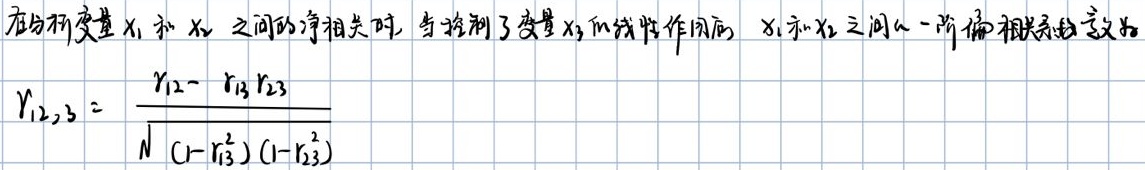
在分析变量$x_1$和$x_2$之间的净相关时，当控制了变量$x_3$的线性作用后，$x_1$和$x_2$之间的一阶偏相关系数定义为
\[
r_{12,3} = \frac{r_{12} - r_{13}r_{23}}{\sqrt{(1 - r_{13}^2)(1 - r_{23}^2)}}
\]